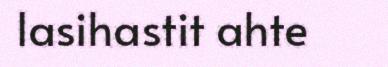
lasihastit ahte